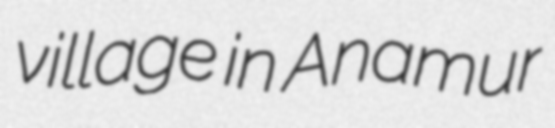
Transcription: village in Anamur